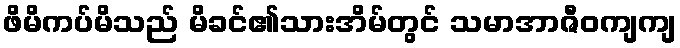
ဖိမိကပ်မိသည် မိခင်၏သားအိမ်တွင် သမာအာဇီဝကျကျ